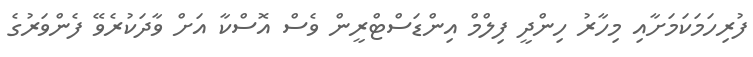
ފުރިހަމަކަމަށާއި މިހާރު ހިންދީ ފިލްމް އިންޑަސްޓްރީން ވެސް އޮސްކާ އަށް ވާދަކުރެވޭ ފެންވަރުގެ